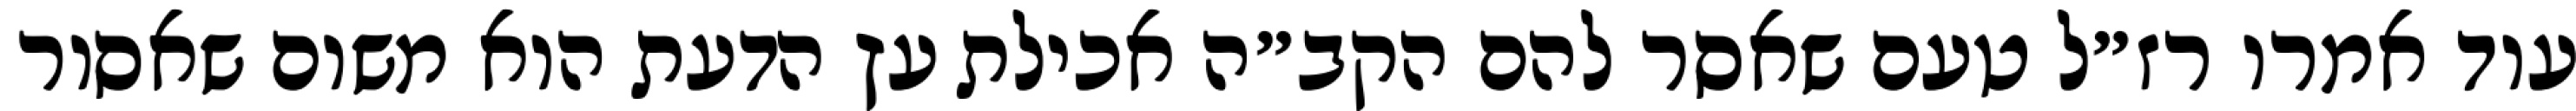
עוד אמרו רז״ל טעם שאסר להם הקב״ה אכילת עץ הדעת הוא משום שאסור